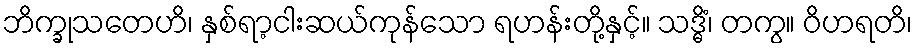
ဘိက္ခုသတေဟိ၊ နှစ်ရာ့ငါးဆယ်ကုန်သော ရဟန်းတို့နှင့်။ သဒ္ဓိံ၊ တကွ။ ဝိဟရတိ၊